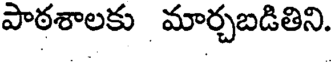
పాఠశాలకు మార్చబడితిని.